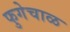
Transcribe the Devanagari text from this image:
फुगेचाळ